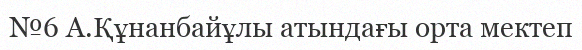
№6 А.Құнанбайұлы атындағы орта мектеп